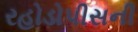
રહોડોપીસની